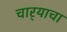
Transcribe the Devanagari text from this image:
चार्‍याचा